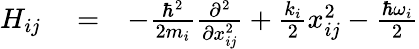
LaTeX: \begin{array}{rlr}{H_{ij}}&{{}=}&{-\frac{\hbar^{2}}{2m_{i}}\frac{\partial^{2}}{\partial x_{ij}^{2}}+\frac{k_{i}}{2}x_{ij}^{2}-\frac{\hbar\omega_{i}}{2}}\end{array}